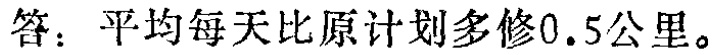
答：平均每天比原计划多修\(0.5\)公里。